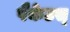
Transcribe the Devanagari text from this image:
पैकेटस्